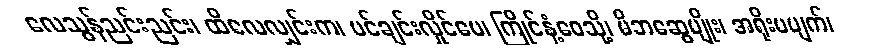
လေသွန်ညင်းညင်း၊ ထိလေလျှင်းက၊ ပင်ချင်းလှိုင်ပေ၊ ကြိုင်နံ့ဝေသို့၊ မိဘဆွေမျိုး၊ အရိုးမပျက်၊